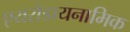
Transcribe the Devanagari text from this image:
एयरोडायनामिक